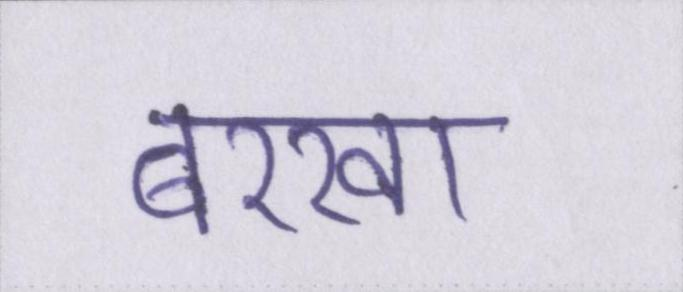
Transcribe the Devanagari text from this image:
बरखा